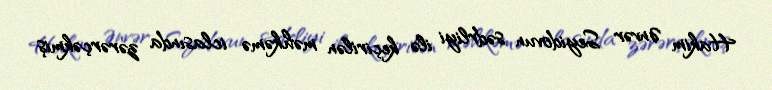
Hakim Ənvər Seyidovun sədrliyi ilə keçirilən məhkəmə iclasında zərərçəkmiş